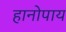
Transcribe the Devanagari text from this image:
हानोपाय